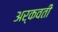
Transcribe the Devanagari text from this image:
अर्कवती